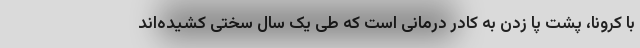
با کرونا، پشت پا زدن به کادر درمانی است که طی یک سال سختی کشیده‌اند